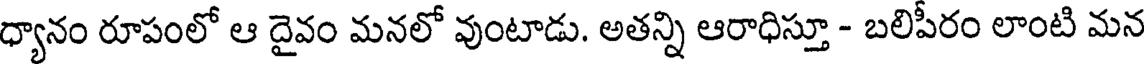
ధ్యానం రూపంలో ఆ దైవం మనలో వుంటాడు. అతన్ని ఆరాధిస్తూ - బలిపీరం లాంటి మన